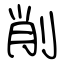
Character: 削